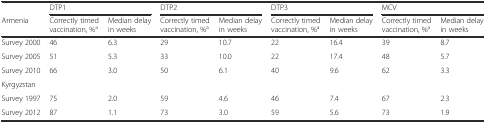
<table><thead><tr><td></td><td colspan="2"><b>DTP1</b></td><td colspan="2"><b>DTP2</b></td><td colspan="2"><b>DTP3</b></td><td colspan="2"><b>MCV</b></td></tr><tr><td><b>Armenia</b></td><td><b>Correctly timed vaccination, %<sup>a</sup></b></td><td><b>Median delay in weeks</b></td><td><b>Correctly timed vaccination, %<sup>a</sup></b></td><td><b>Median delay in weeks</b></td><td><b>Correctly timed vaccination, %<sup>a</sup></b></td><td><b>Median delay in weeks</b></td><td><b>Correctly timed vaccination, %<sup>a</sup></b></td><td><b>Median delay in weeks</b></td></tr></thead><tbody><tr><td>Survey 2000</td><td>46</td><td>6.3</td><td>29</td><td>10.7</td><td>22</td><td>16.4</td><td>39</td><td>8.7</td></tr><tr><td>Survey 2005</td><td>51</td><td>5.3</td><td>33</td><td>10.0</td><td>22</td><td>17.4</td><td>48</td><td>5.7</td></tr><tr><td>Survey 2010</td><td>66</td><td>3.0</td><td>50</td><td>6.1</td><td>40</td><td>9.6</td><td>62</td><td>3.3</td></tr><tr><td>Kyrgyzstan</td><td></td><td></td><td></td><td></td><td></td><td></td><td></td><td></td></tr><tr><td>Survey 1997</td><td>75</td><td>2.0</td><td>59</td><td>4.6</td><td>46</td><td>7.4</td><td>67</td><td>2.3</td></tr><tr><td>Survey 2012</td><td>87</td><td>1.1</td><td>73</td><td>3.0</td><td>59</td><td>5.6</td><td>73</td><td>1.9</td></tr></tbody></table>